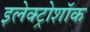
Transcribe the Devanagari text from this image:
इलेक्ट्रोशॉक